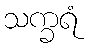
သက္ခရံ